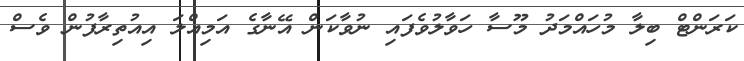
ކަރަންޓް ބިލާ މުހައްމަދު މޫސާ ހަވާލުވެފައި ނުވާކަން އޭނާގެ އަމިއްލަ އިއުތިރާފުން ވެސް